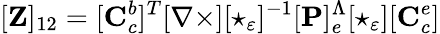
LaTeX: [\mathbf{Z}]_{12}=[\mathbf{C}_{c}^{b}]^{T}[\mathbf{\nabla\times}][\star_{\varepsilon}]^{-1}[\mathbf{P}]_{e}^{\Lambda}[\star_{\varepsilon}][\mathbf{C}_{c}^{e}]